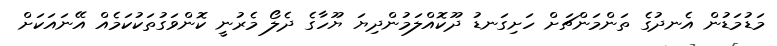
މަޑުމަޑުން އެނދުގެ ތަންމަންޗަށް ހަށިގަނޑު ދޫކޮއްލަމުންދިޔަ ޔޫހާގެ ދެލޯ މެރުނީ ކޮންވަގުތަކުކަމެއް އޭނައަކަށް